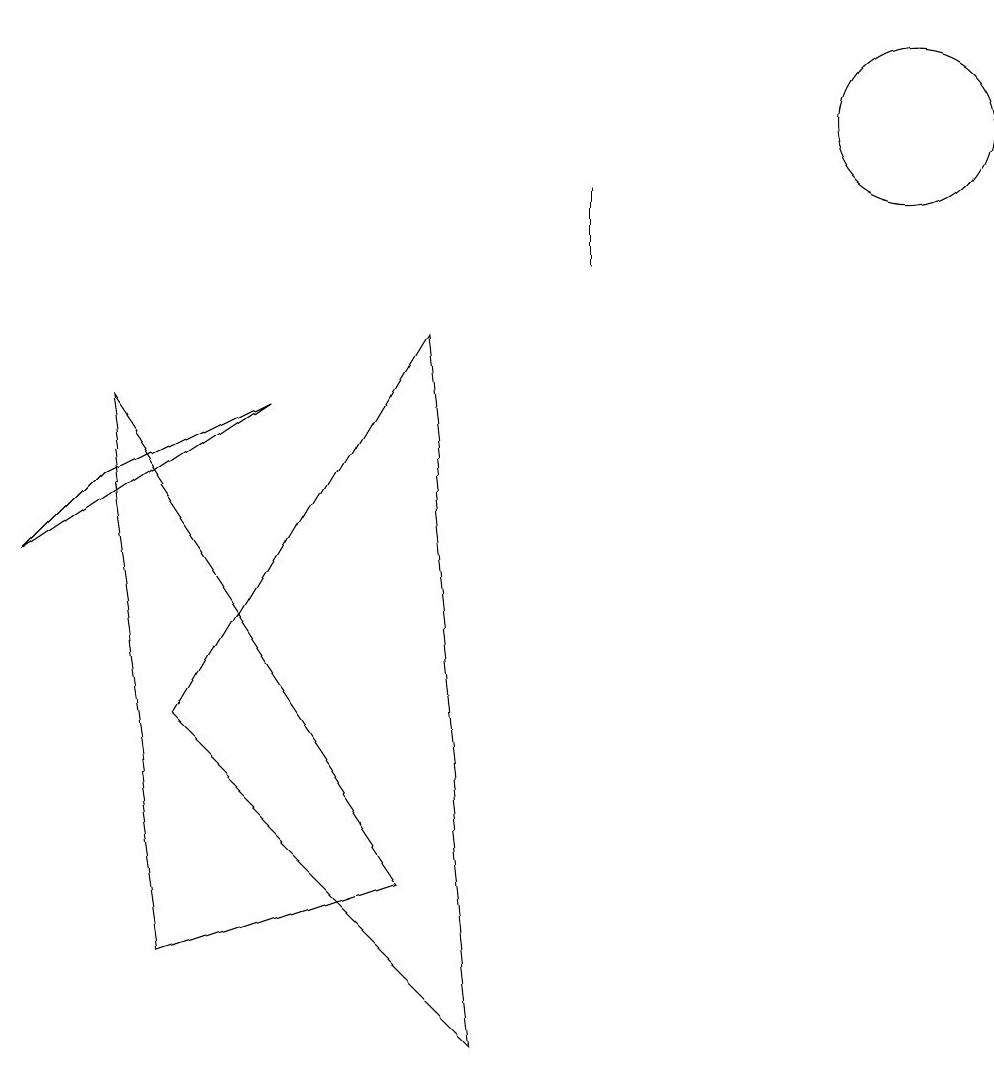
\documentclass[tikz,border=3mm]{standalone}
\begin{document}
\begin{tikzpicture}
\draw (6,0) -- (2,4) -- (5,9) -- cycle;
\draw (5,2) -- (2,1) -- (1,8) -- cycle;
\draw (11,12) circle (1);
\draw (12,11) circle (0);
\draw (1,7) -- (0,6) -- (3,8) -- cycle;
\draw (7,10) rectangle (7,11);
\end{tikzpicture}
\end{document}